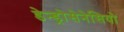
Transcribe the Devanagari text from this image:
डेन्ड्रोसेनेसियो